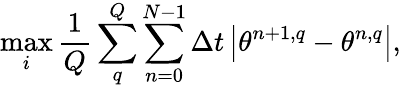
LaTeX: \operatorname*{max}_{i}{\frac{1}{Q}\sum_{q}^{Q}\sum_{n=0}^{N-1}\Delta t\left|\theta^{n+1,q}-\theta^{n,q}\right|},